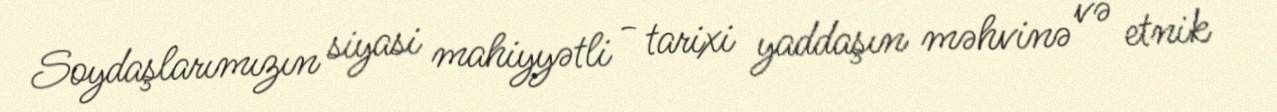
Soydaşlarımızın siyasi mahiyyətli - tarixi yaddaşın məhvinə və etnik